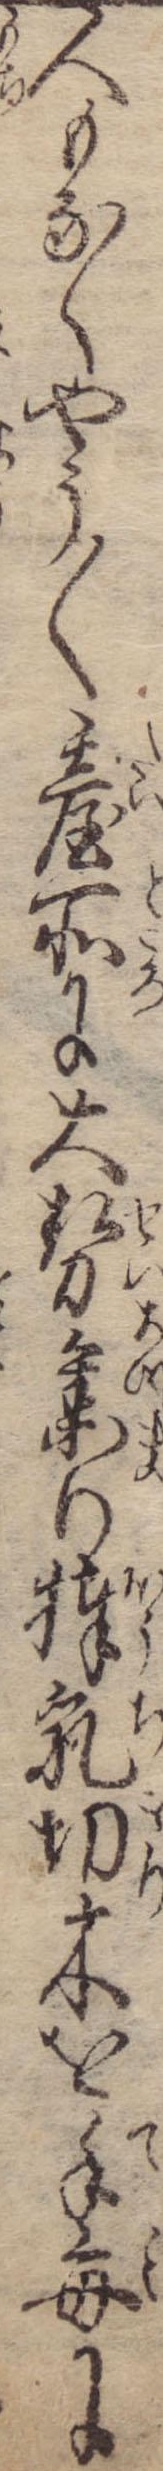
人もなくやう〱台所に大勢集り棒乳切木を手毎に